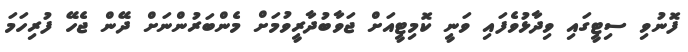
ފޮނުވި ސިޓީގައި ވިދާޅުވެފައި ވަނީ ކޮމިޓީއަށް ޖަވާބުދާރީވުމަށް މެންބަރުންނަށް ދޭން ޖެހޭ ފުރިހަމަ